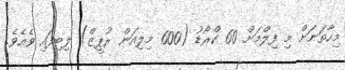
މިހާތަނަށް މި ފިލްމަށް 60 ކްރޯޑު (600 މިލިއަން ރުޕީޒް) ލިބިފައި ވެއެވެ.